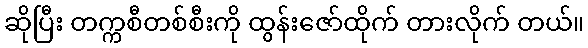
ဆိုပြီး တက္ကစီတစ်စီးကို ထွန်းဇော်ထိုက် တားလိုက် တယ်။